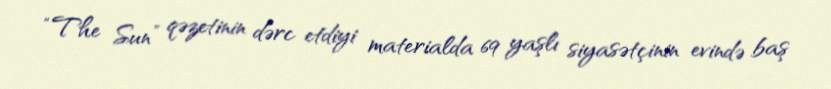
“The Sun” qəzetinin dərc etdiyi materialda 69 yaşlı siyasətçinin evində baş